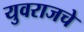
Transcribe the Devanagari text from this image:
युवराजचे